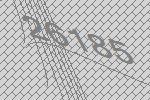
26185